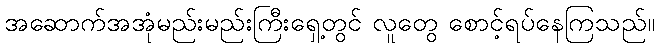
အဆောက်အအုံမည်းမည်းကြီးရှေ့တွင် လူတွေ စောင့်ရပ်နေကြသည်။